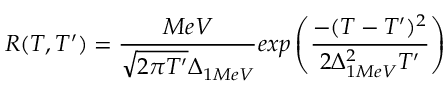
R ( T , T ^ { \prime } ) = \frac { M e V } { \sqrt { 2 \pi T ^ { \prime } } \Delta _ { 1 M e V } } e x p \left( \frac { - ( T - T ^ { \prime } ) ^ { 2 } } { 2 \Delta _ { 1 M e V } ^ { 2 } T ^ { \prime } } \right)